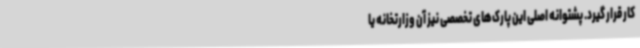
کار قرار گیرد. پشتوانه اصلی این پارک‌های تخصصی نیز آن وزارتخانه یا